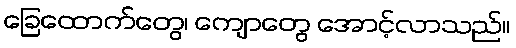
ခြေထောက်တွေ၊ ကျောတွေ အောင့်လာသည်။